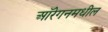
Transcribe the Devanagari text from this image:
ऑरेगनमधील